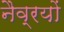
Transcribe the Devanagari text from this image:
नैव्रयों